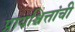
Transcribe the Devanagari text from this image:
प्रायश्चित्तांची